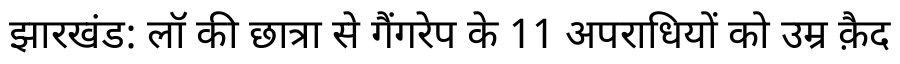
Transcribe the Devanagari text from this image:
झारखंड: लॉ की छात्रा से गैंगरेप के 11 अपराधियों को उम्र क़ैद